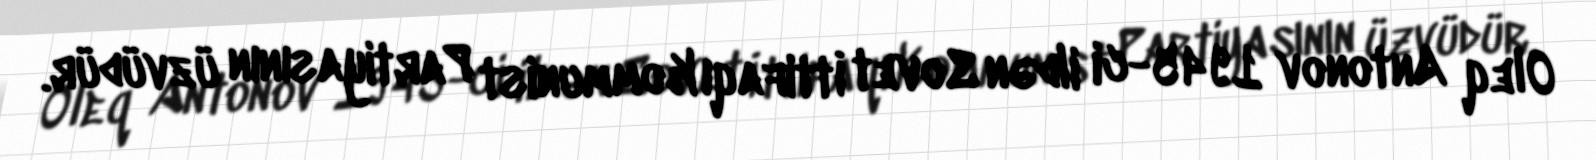
Oleq Antonov 1945-ci ildən Sovet İttifaqı Kommunist Partiyasının üzvüdür.